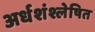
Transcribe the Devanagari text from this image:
अर्धशंश्लेषित